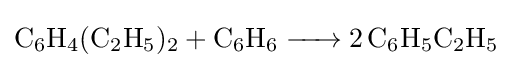
{\ce {C6H4(C2H5)2 + C6H6 -> 2 C6H5C2H5}}